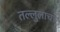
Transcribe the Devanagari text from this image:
तल्लुलाचा